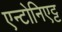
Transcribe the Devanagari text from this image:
एन्टोनिएट्ट